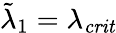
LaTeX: \tilde{\lambda}_{1}=\lambda_{\mathit{crit}}